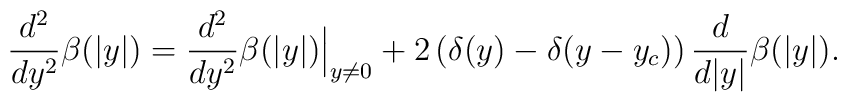
\frac{d^2}{dy^2}\beta(|y|)=\frac{d^2}{dy^2}\beta(|y|)\Big|_{y\ne 0}+2\left(\delta(y)-\delta(y-y_c)\right)\frac{d}{d|y|}\beta(|y|).